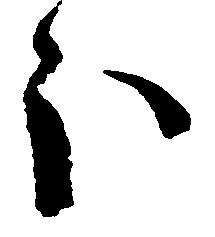
ほ